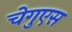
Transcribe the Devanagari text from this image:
चेगुएस